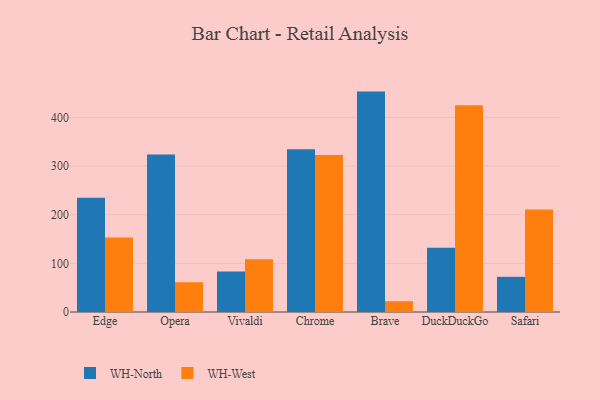
{"axis": {"x": "Browser", "y": "Humidity (%)"}, "legend": ["WH-North", "WH-West"], "data": [{"x": "Edge", "y": 235.0, "type": "WH-North"}, {"x": "Edge", "y": 153.0, "type": "WH-West"}, {"x": "Opera", "y": 323.5, "type": "WH-North"}, {"x": "Opera", "y": 61.2, "type": "WH-West"}, {"x": "Vivaldi", "y": 83.0, "type": "WH-North"}, {"x": "Vivaldi", "y": 108.4, "type": "WH-West"}, {"x": "Chrome", "y": 334.7, "type": "WH-North"}, {"x": "Chrome", "y": 322.5, "type": "WH-West"}, {"x": "Brave", "y": 453.0, "type": "WH-North"}, {"x": "Brave", "y": 22.2, "type": "WH-West"}, {"x": "DuckDuckGo", "y": 131.9, "type": "WH-North"}, {"x": "DuckDuckGo", "y": 424.7, "type": "WH-West"}, {"x": "Safari", "y": 72.3, "type": "WH-North"}, {"x": "Safari", "y": 210.8, "type": "WH-West"}]}